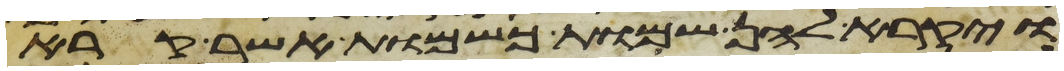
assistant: ויקרא להן שמות כשמות אשר קרא